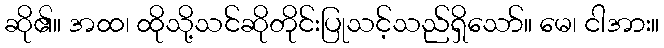
ဆို၏။ အထ၊ ထိုသို့သင်ဆိုတိုင်းပြုသင့်သည်ရှိသော်။ မေ၊ ငါအား။